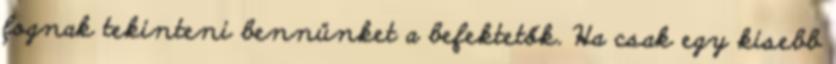
fognak tekinteni bennünket a befektetők. Ha csak egy kisebb